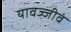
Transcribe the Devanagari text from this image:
यावज्जीवं